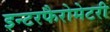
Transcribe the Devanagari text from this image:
इन्टरफैरोमेटरी